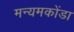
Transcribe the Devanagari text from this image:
मन्यमकोंडा